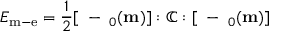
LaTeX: E _ { \mathrm { m - e } } = { \frac { 1 } { 2 } } [ \mathbf { \varepsilon } - \mathbf { \varepsilon } _ { 0 } ( \mathbf { m } ) ] : \mathbb { C } : [ \mathbf { \varepsilon } - \mathbf { \varepsilon } _ { 0 } ( \mathbf { m } ) ]